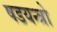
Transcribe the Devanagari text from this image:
षडयन्त्रो